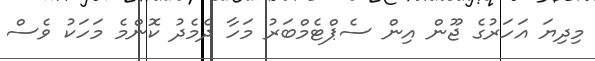
މިދިޔަ އަހަރުގެ ޖޫން އިން ސެޕްޓެމްބަރު މަހާ ދެމެދު ކޮންމެ މަހަކު ވެސް